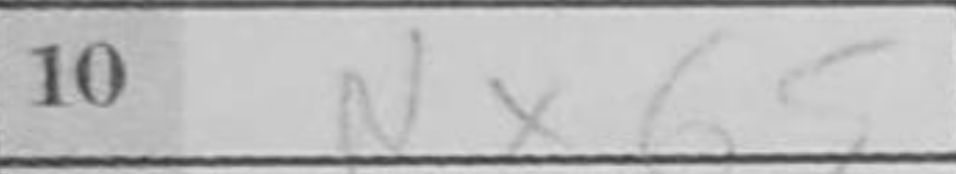
Transcription: Nxb5